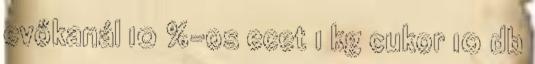
evőkanál 10 %-os ecet 1 kg cukor 10 db